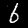
Label: 6